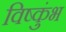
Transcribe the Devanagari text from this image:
विष्कुंभ